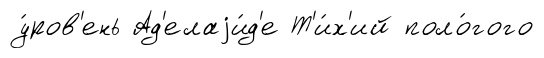
у́ров'ень Ад'елаjи́д'е Т'и́х'ий поло́гого